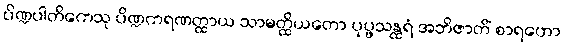
ပိဏ္ဍပါတိကေသု ပိဏ္ဍကရဏတ္ထာယ သာမတ္ထိယတော ပုပ္ဖသန္ထရံ အဘိဇာတိံ စာရဟော